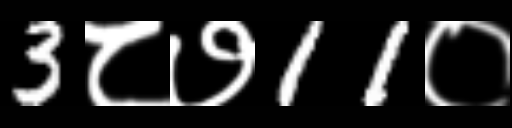
Text: 3८७11०